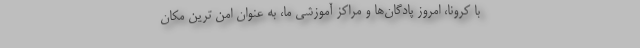
با کرونا، امروز پادگان‌ها و مراکز آموزشی ما، به عنوان امن ترین مکان